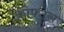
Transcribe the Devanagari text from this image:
क्रोफ्ट्स